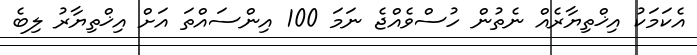
އެކަމަކު އިޚްތިޔާރެއް ނެތުން ހުސްވެއްޖެ ނަމަ 100 އިންސައްތަ އަށް އިޚްތިޔާރު ލިބެ